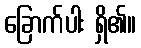
ခြောက်ပါး ရှိ၏။